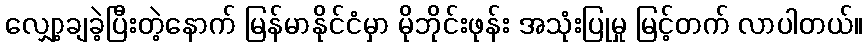
လျှော့ချခဲ့ပြီးတဲ့နောက် မြန်မာနိုင်ငံမှာ မိုဘိုင်းဖုန်း အသုံးပြုမှု မြင့်တက် လာပါတယ်။